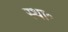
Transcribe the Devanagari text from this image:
स्था॰